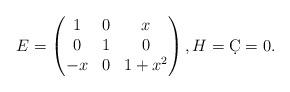
LaTeX: \begin{align*}E=\left(\begin{matrix}1 & 0 & x\\0 & 1 & 0\\-x & 0 & 1+x^2\end{matrix}\right),H=\d C=0.\end{align*}